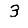
Digit: 3